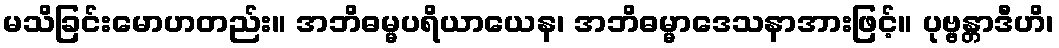
မသိခြင်းမောဟတည်း။ အဘိဓမ္မပရိယာယေန၊ အဘိဓမ္မာဒေသနာအားဖြင့်။ ပုဗ္ဗန္တာဒီဟိ၊